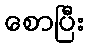
စောပြီး